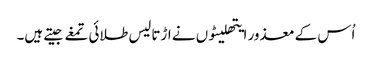
اُس کے معذور ایتھلیٹوں نے اڑتالیس طلائی تمغے جیتے ہیں۔